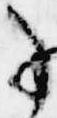
事